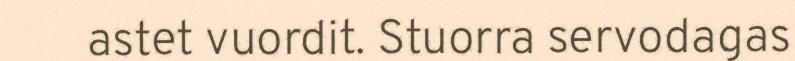
astet vuordit. Stuorra servodagas